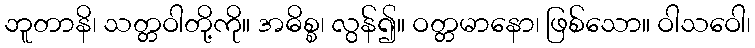
ဘူတာနိ၊ သတ္တဝါတို့ကို။ အဓိစ္စ၊ လွန်၍။ ဝတ္တမာနော၊ ဖြစ်သော။ ဝါသဝေါ၊